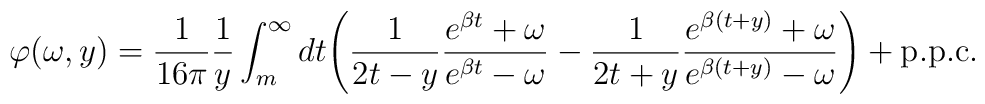
\varphi(\omega,y)=\frac{1}{16\pi} \frac{1}{y}\int_m^\infty dt \Bigg(\frac{1}{2t-y}\frac{e^{\beta t}+\omega}{e^{\beta t}-\omega}-\frac{1}{2t+y}\frac{e^{\beta (t+y)}+\omega}{e^{\beta(t+y)}-\omega}\Bigg)+\hbox{p.p.c.}